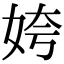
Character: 姱